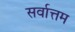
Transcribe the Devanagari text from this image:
सर्वात्तम